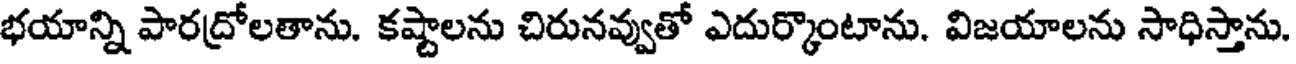
భయాన్ని పారద్రోలతాను. కష్టాలను చిరునవ్వుతో ఎదుర్కొంటాను. విజయాలను సాధిస్తాను.